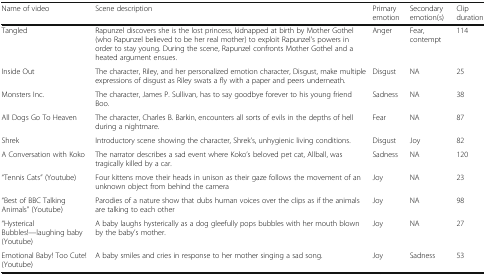
<table><thead><tr><td><b>Name of video</b></td><td><b>Scene description</b></td><td><b>Primary emotion</b></td><td><b>Secondary emotion(s)</b></td><td><b>Clip duration</b></td></tr></thead><tbody><tr><td>Tangled</td><td>Rapunzel discovers she is the lost princess, kidnapped at birth by Mother Gothel (who Rapunzel believed to be her real mother) to exploit Rapunzel’s powers in order to stay young. During the scene, Rapunzel confronts Mother Gothel and a heated argument ensues.</td><td>Anger</td><td>Fear, contempt</td><td>114</td></tr><tr><td>Inside Out</td><td>The character, Riley, and her personalized emotion character, Disgust, make multiple expressions of disgust as Riley swats a fly with a paper and peers underneath.</td><td>Disgust</td><td>NA</td><td>25</td></tr><tr><td>Monsters Inc.</td><td>The character, James P. Sullivan, has to say goodbye forever to his young friend Boo.</td><td>Sadness</td><td>NA</td><td>38</td></tr><tr><td>All Dogs Go To Heaven</td><td>The character, Charles B. Barkin, encounters all sorts of evils in the depths of hell during a nightmare.</td><td>Fear</td><td>NA</td><td>87</td></tr><tr><td>Shrek</td><td>Introductory scene showing the character, Shrek’s, unhygienic living conditions.</td><td>Disgust</td><td>Joy</td><td>82</td></tr><tr><td>A Conversation with Koko</td><td>The narrator describes a sad event where Koko’s beloved pet cat, Allball, was tragically killed by a car.</td><td>Sadness</td><td>NA</td><td>120</td></tr><tr><td>“Tennis Cats” (Youtube)</td><td>Four kittens move their heads in unison as their gaze follows the movement of an unknown object from behind the camera</td><td>Joy</td><td>NA</td><td>23</td></tr><tr><td>“Best of BBC Talking Animals” (Youtube)</td><td>Parodies of a nature show that dubs human voices over the clips as if the animals are talking to each other</td><td>Joy</td><td>NA</td><td>98</td></tr><tr><td>“Hysterical Bubbles!—laughing baby (Youtube)</td><td>A baby laughs hysterically as a dog gleefully pops bubbles with her mouth blown by the baby’s mother.</td><td>Joy</td><td>NA</td><td>27</td></tr><tr><td>Emotional Baby! Too Cute! (Youtube)</td><td>A baby smiles and cries in response to her mother singing a sad song.</td><td>Joy</td><td>Sadness</td><td>53</td></tr></tbody></table>